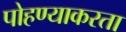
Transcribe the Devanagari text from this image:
पोहण्याकरता